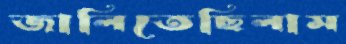
জালিতেছিলাম